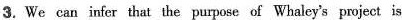
3. We can infer that the purpose of Whaley's project is